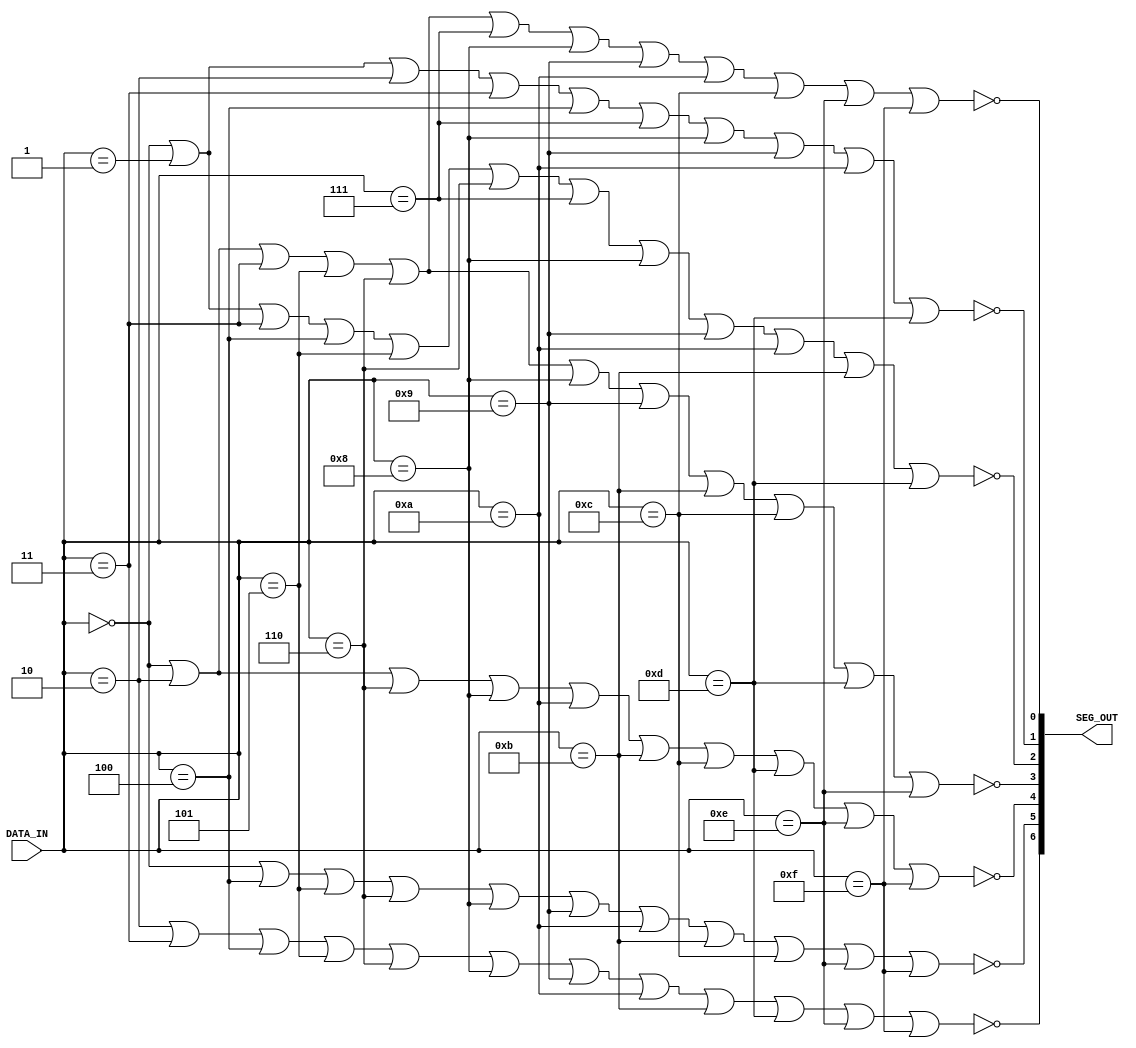
//==================================================================
// Version: 0.01
// - - - - - - - - - - - - - - - - - - - - - - - - - - - - - - - - -
// Copyright Stephen Pickett, Clarke Ellis
//   April 28, 2005
//------------------------------------------------------------------
// Revisions:
// Ver 0.01     Apr 28, 2005    Initial Release
//
//==================================================================

module sub_HexSeg(
    DATA_IN,
    SEG_OUT
    );
    
//==================================================================//
// VARIABLE DEFINITIONS                                             //
//==================================================================//
//----------------------//
// INPUTS               //
//----------------------//
input[3:0] DATA_IN;
//----------------------//
// OUTPUTS              //
//----------------------//
output[6:0] SEG_OUT;

//----------------------//
// WIRES / NODES        //
//----------------------//
wire[3:0] DATA_IN;
reg[6:0] SEG_OUT;

//----------------------//
// REGISTERS            //
//----------------------//

//==================================================================//
// FUNCTIONAL DEFINITIONS                                           //
//==================================================================//
//     ____
//  5 | 0  | 1
//    |____|
//  4 | 6  | 2
//    |____|
//      3

always @ (DATA_IN) begin
SEG_OUT[6] = !((DATA_IN == 4'h2) |
               (DATA_IN == 4'h3) |
               (DATA_IN == 4'h4) |
               (DATA_IN == 4'h5) |
               (DATA_IN == 4'h6) |
               (DATA_IN == 4'h8) |
               (DATA_IN == 4'h9) |
               (DATA_IN == 4'hA) |
               (DATA_IN == 4'hB) |
               (DATA_IN == 4'hD) |
               (DATA_IN == 4'hE) |
               (DATA_IN == 4'hF));

SEG_OUT[5] = !((DATA_IN == 4'h0) ||
             (DATA_IN == 4'h4) ||
             (DATA_IN == 4'h5) ||
             (DATA_IN == 4'h6) ||
             (DATA_IN == 4'h8) ||
             (DATA_IN == 4'h9) ||
             (DATA_IN == 4'hA) ||
             (DATA_IN == 4'hB) ||
             (DATA_IN == 4'hC) ||
             (DATA_IN == 4'hE) ||
             (DATA_IN == 4'hF));

SEG_OUT[4] = !((DATA_IN == 4'h0) ||
             (DATA_IN == 4'h2) ||
             (DATA_IN == 4'h6) ||
             (DATA_IN == 4'h8) ||
             (DATA_IN == 4'hA) ||
             (DATA_IN == 4'hB) ||
             (DATA_IN == 4'hC) ||
             (DATA_IN == 4'hD) ||
             (DATA_IN == 4'hE) ||
             (DATA_IN == 4'hF));

SEG_OUT[3] = !((DATA_IN == 4'h0) ||
             (DATA_IN == 4'h2) ||
             (DATA_IN == 4'h3) ||
             (DATA_IN == 4'h5) ||
             (DATA_IN == 4'h6) ||
             (DATA_IN == 4'h8) ||
             (DATA_IN == 4'h9) ||
             (DATA_IN == 4'hB) ||
             (DATA_IN == 4'hC) ||
             (DATA_IN == 4'hD) ||
             (DATA_IN == 4'hE));

SEG_OUT[2] = !((DATA_IN == 4'h0) ||
             (DATA_IN == 4'h1) ||
             (DATA_IN == 4'h3) ||
             (DATA_IN == 4'h4) ||
             (DATA_IN == 4'h5) ||
             (DATA_IN == 4'h6) ||
             (DATA_IN == 4'h7) ||
             (DATA_IN == 4'h8) ||
             (DATA_IN == 4'h9) ||
             (DATA_IN == 4'hA) ||
             (DATA_IN == 4'hB) ||
             (DATA_IN == 4'hD));

SEG_OUT[1] = !((DATA_IN == 4'h0) ||
             (DATA_IN == 4'h1) ||
             (DATA_IN == 4'h2) ||
             (DATA_IN == 4'h3) ||
             (DATA_IN == 4'h4) ||
             (DATA_IN == 4'h7) ||
             (DATA_IN == 4'h8) ||
             (DATA_IN == 4'h9) ||
             (DATA_IN == 4'hA) ||
             (DATA_IN == 4'hD));

SEG_OUT[0] = !((DATA_IN == 4'h0) ||
             (DATA_IN == 4'h2) ||
             (DATA_IN == 4'h3) ||
             (DATA_IN == 4'h5) ||
             (DATA_IN == 4'h6) ||
             (DATA_IN == 4'h7) ||
             (DATA_IN == 4'h8) ||
             (DATA_IN == 4'h9) ||
             (DATA_IN == 4'hA) ||
             (DATA_IN == 4'hC) ||
             (DATA_IN == 4'hE) ||
             (DATA_IN == 4'hF));


end

endmodule